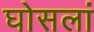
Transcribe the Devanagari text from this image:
घोसलां